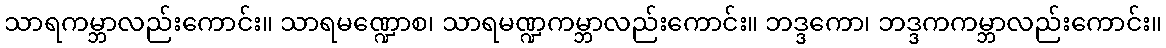
သာရကမ္ဘာလည်းကောင်း။ သာရမဏ္ဍောစ၊ သာရမဏ္ဍကမ္ဘာလည်းကောင်း။ ဘဒ္ဒကော၊ ဘဒ္ဒကကမ္ဘာလည်းကောင်း။